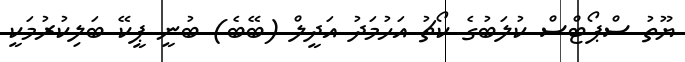
ޔޫތު ސްޕޯޓްސް ކުލަބުގެ ކޯޗު އަހުމަދު އަދީލް (ބޭބެ) ބުނީ ޕީކޭ ބަލިކުރުމަކީ